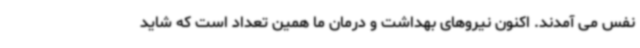
نفس می آمدند. اکنون نیروهای بهداشت و درمان ما همین تعداد است که شاید